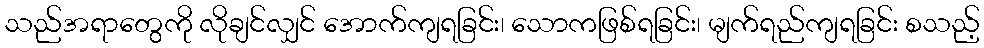
သည်အရာတွေကို လိုချင်လျှင် အောက်ကျရခြင်း၊ သောကဖြစ်ရခြင်း၊ မျက်ရည်ကျရခြင်း စသည့်